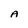
Character: A